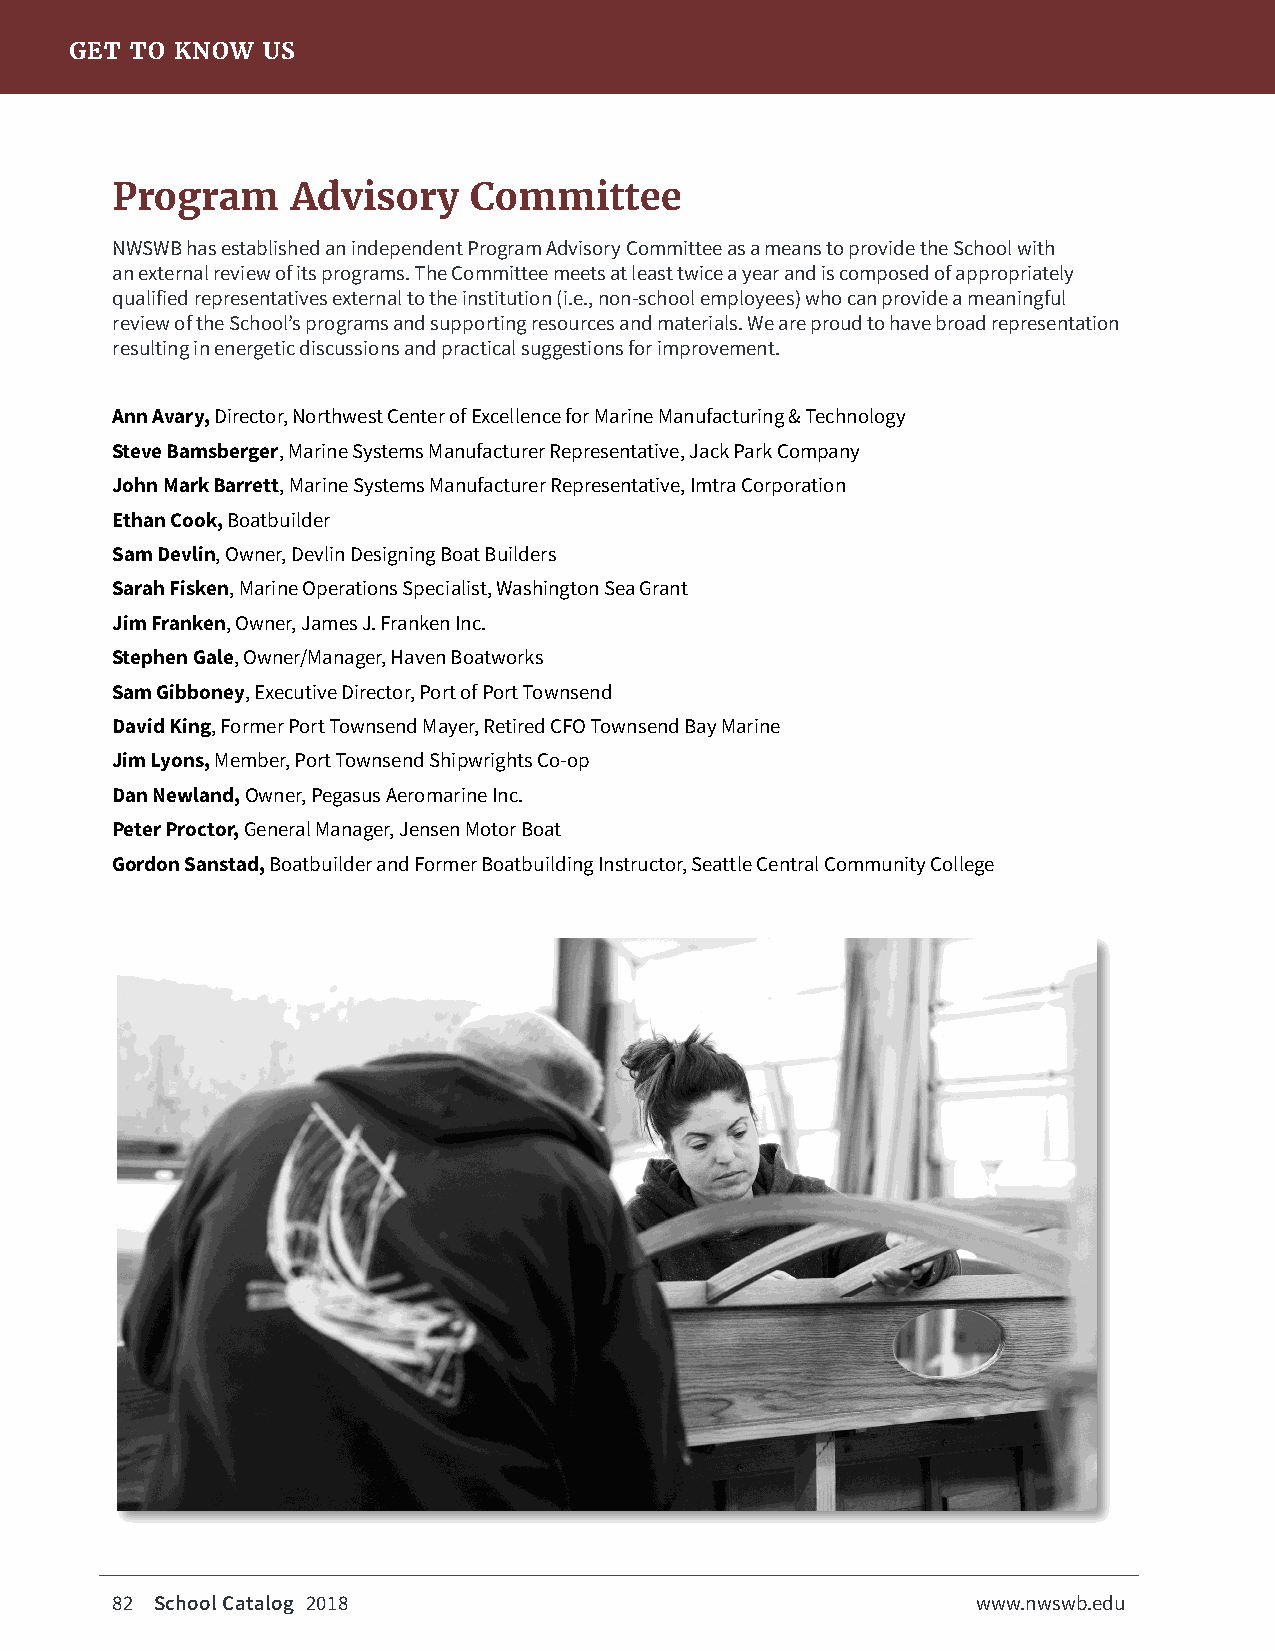
GET TO KNOW US
 Program     Advisory    Committee
 NWSWB has established an independent Program Advisory Committee as a means to provide the School with
 an external review of its programs. The Committee meets at least twice a year and is composed of appropriately
 qualified representatives external to the institution (i.e., non-school employees) who can provide a meaningful
 review of the School’s programs and supporting resources and materials. We are proud to have broad representation
 resulting in energetic discussions and practical suggestions for improvement.
 Ann Avary, Director, Northwest Center of Excellence for Marine Manufacturing & Technology
 Steve Bamsberger, Marine Systems Manufacturer Representative, Jack Park Company
 John Mark Barrett, Marine Systems Manufacturer Representative, Imtra Corporation
 Ethan Cook, Boatbuilder
 Sam Devlin, Owner, Devlin Designing Boat Builders
 Sarah Fisken, Marine Operations Specialist, Washington Sea Grant
 Jim Franken, Owner, James J. Franken Inc.
 Stephen Gale, Owner/Manager, Haven Boatworks
 Sam Gibboney, Executive Director, Port of Port Townsend
 David King, Former Port Townsend Mayer, Retired CFO Townsend Bay Marine
 Jim Lyons, Member, Port Townsend Shipwrights Co-op
 Dan Newland, Owner, Pegasus Aeromarine Inc.
 Peter Proctor, General Manager, Jensen Motor Boat
 Gordon Sanstad, Boatbuilder and Former Boatbuilding Instructor, Seattle Central Community College
 82 School Catalog 2018                                    www.nwswb.edu